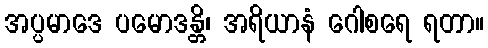
အပ္ပမာဒေ ပမောဒန္တိ၊ အရိယာနံ ဂေါစရေ ရတာ။